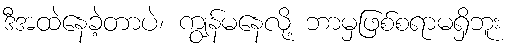
ဒီအထဲနေခဲ့တာပဲ၊ ကျွန်မနေလို့ ဘာမှဖြစ်စရာမရှိဘူး